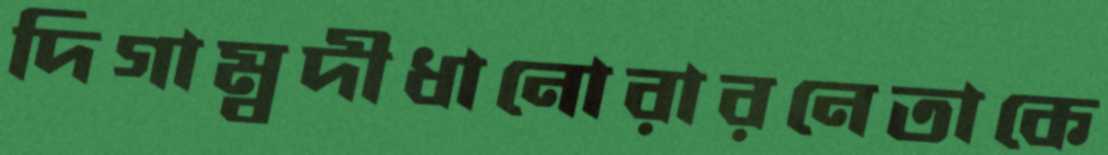
দিগাম্বদীধানোরারনেতাকে